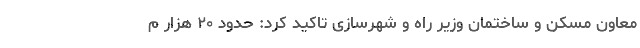
معاون مسکن و ساختمان وزیر راه و شهرسازی تاکید کرد: حدود ۲۰ هزار م